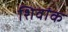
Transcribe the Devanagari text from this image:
शिवांक